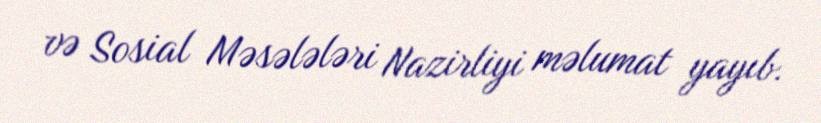
və Sosial Məsələləri Nazirliyi məlumat yayıb.